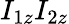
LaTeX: I_{1z}I_{2z}